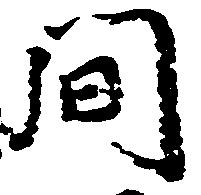
間